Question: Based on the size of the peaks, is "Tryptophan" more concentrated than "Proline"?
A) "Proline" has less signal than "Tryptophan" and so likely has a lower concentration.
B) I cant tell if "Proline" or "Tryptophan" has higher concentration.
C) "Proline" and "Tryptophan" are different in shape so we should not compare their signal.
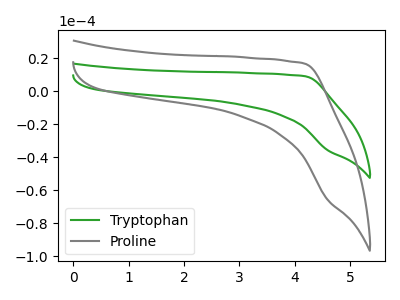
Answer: <think>The green curve "Tryptophan" has no peaks. The gray curve "Proline" has no peaks.
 Neither "Proline" or "Tryptophan" have any peaks.</think>
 <answer>B) I cant tell if "Proline" or "Tryptophan" has higher concentration.</answer>
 <eval>B</eval>